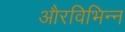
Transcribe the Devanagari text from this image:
औरविभिन्न